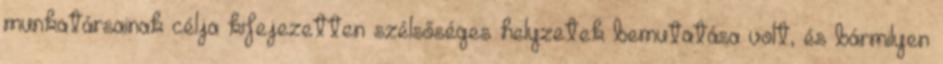
munkatársainak célja kifejezetten szélsőséges helyzetek bemutatása volt, és bármilyen